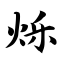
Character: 烁